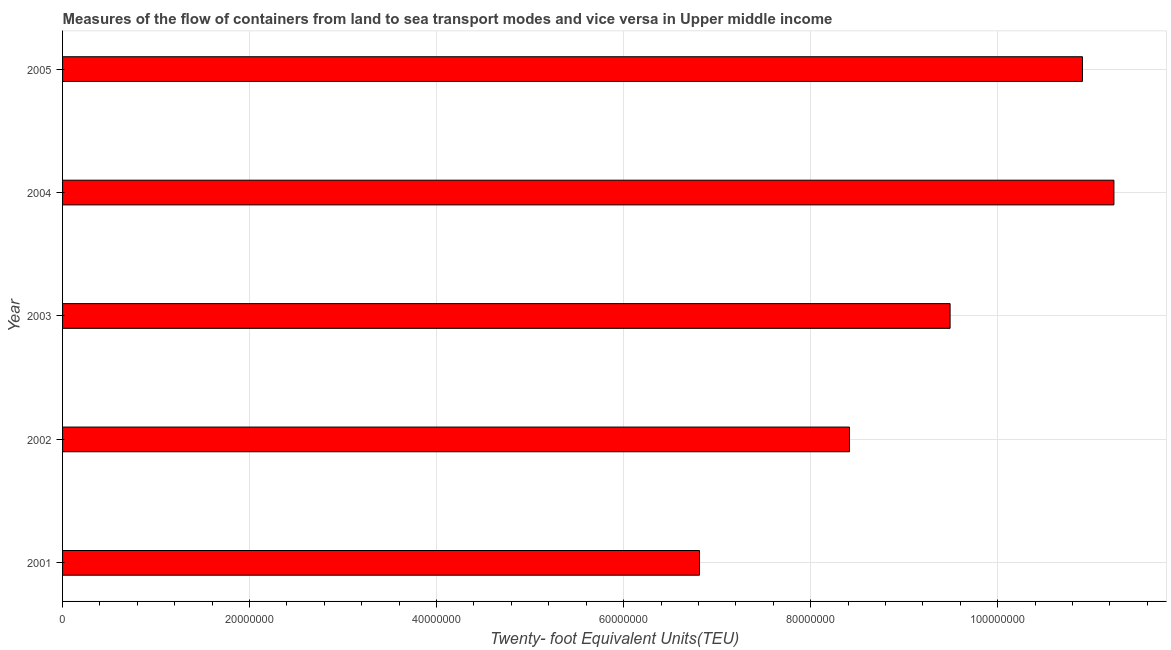
| Year | Container port traffic |
 | --- | --- |
 | 2001 | 6.81e+07 |
 | 2002 | 8.42e+07 |
 | 2003 | 9.49e+07 |
 | 2004 | 1.12e+08 |
 | 2005 | 1.09e+08 |